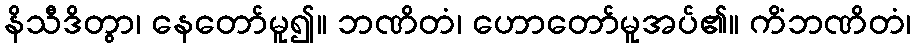
နိသီဒိတွာ၊ နေတော်မူ၍။ ဘဏိတံ၊ ဟောတော်မူအပ်၏။ ကိံဘဏိတံ၊